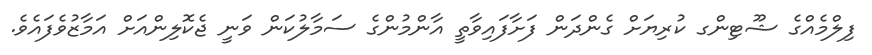
ފިލްމެއްގެ ޝޫޓިންގ ކުރިޔަށް ގެންދަން ފަށާފައިވާތީ އާންމުންގެ ސަމާލުކަން ވަނީ ޖެކޮލިންއަށް އަމާޒުވެފައެވެ.